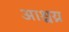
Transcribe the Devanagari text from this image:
आश्चय्र